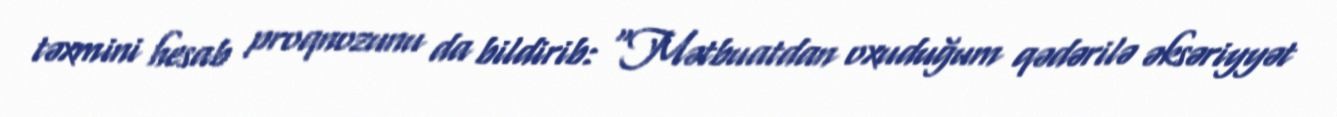
təxmini hesab proqnozunu da bildirib: “Mətbuatdan oxuduğum qədərilə əksəriyyət